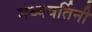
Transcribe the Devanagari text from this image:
मध्यवर्तिनी